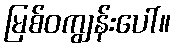
မြစ်ဝကျွန်းပေါ်။